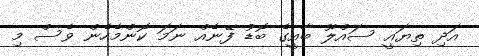
އަދި ތިޔައީ ސައްލޫ ބާއީގެ ބޮޑު ފޭނެއް ނަމަ ކޮންމެހެން ވެސް މި